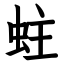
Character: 蛀